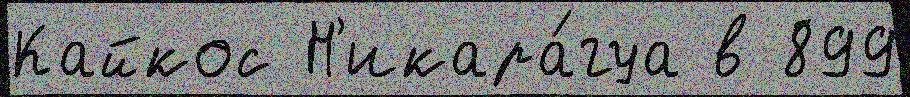
Кайкос Н'икара́гуа в 899